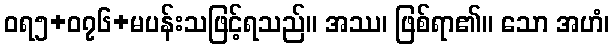
ဝရ၅+၀၇၆+မပန်းသဖြင့်ရသည်။ အဿ၊ ဖြစ်ရာ၏။ သော အဟံ၊